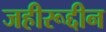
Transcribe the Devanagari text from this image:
जहीरूद्दीन